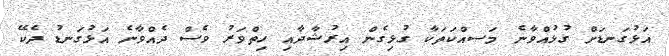
އަޅުގަނޑަށް ގުޅުއްވާނެ މަސއްކަތަކާ ގުޅިގެން އިރުޝާދާއި ހިތްވަރު ވެސް ދެއްވާނެ އަޅުގަނޑު ދެކޭ